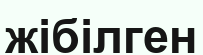
жібілген